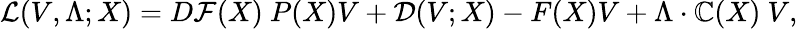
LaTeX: \mathcal{L}(V,\Lambda;X)=D\mathcal{F}(X)~P(X)V+\mathcal{D}(V;X)-F(X)V+\Lambda\cdot\mathbb{C}(X)~V,